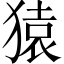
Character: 猿